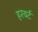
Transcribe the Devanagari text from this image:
हरवर्ट